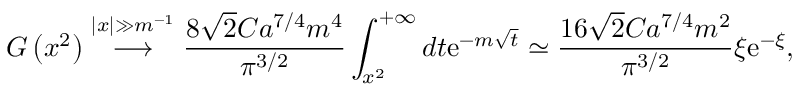
G \left( x ^ { 2 } \right) \stackrel { | x | \gg m ^ { - 1 } } { \longrightarrow } \frac { 8 \sqrt { 2 } C a ^ { 7 / 4 } m ^ { 4 } } { \pi ^ { 3 / 2 } } \int _ { x ^ { 2 } } ^ { + \infty } d t \mathrm { e } ^ { - m \sqrt { t } } \simeq \frac { 1 6 \sqrt { 2 } C a ^ { 7 / 4 } m ^ { 2 } } { \pi ^ { 3 / 2 } } \xi \mathrm { e } ^ { - \xi } ,